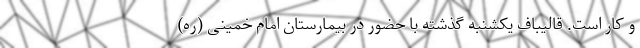
و کار است. قالیباف یکشنبه گذشته با حضور در بیمارستان امام خمینی (ره)